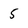
Character: 5